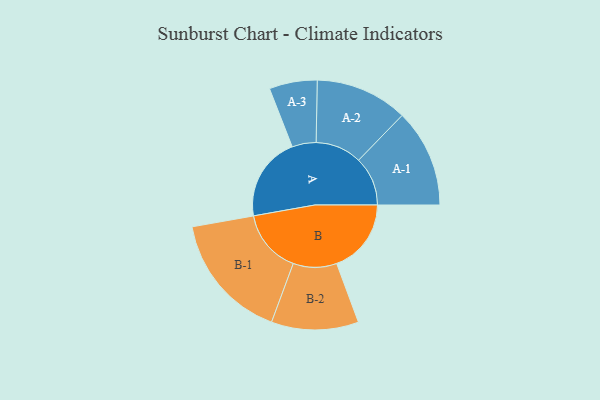
{"axis": {"x": "Segment", "y": "Value"}, "legend": ["", "A", "B"], "data": [{"x": "A", "y": 383, "type": ""}, {"x": "B", "y": 339, "type": ""}, {"x": "A-1", "y": 223, "type": "A"}, {"x": "A-2", "y": 210, "type": "A"}, {"x": "A-3", "y": 109, "type": "A"}, {"x": "B-1", "y": 290, "type": "B"}, {"x": "B-2", "y": 198, "type": "B"}]}